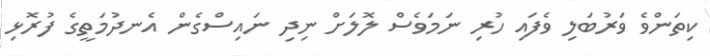
ކިތަންވެ ވަރުބަލި ވެފައި ހުރި ނަމަވެސް ލޮލަށް ނިދި ނައިސްގެން އެނދުމަތީގެ ފުރޮޅި